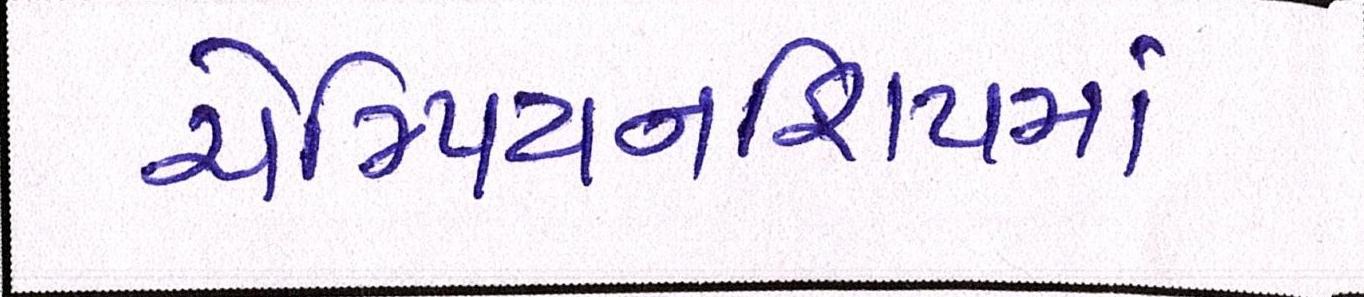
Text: ચેમ્પિયનશિપમાં